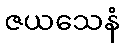
ဇယသေနံ